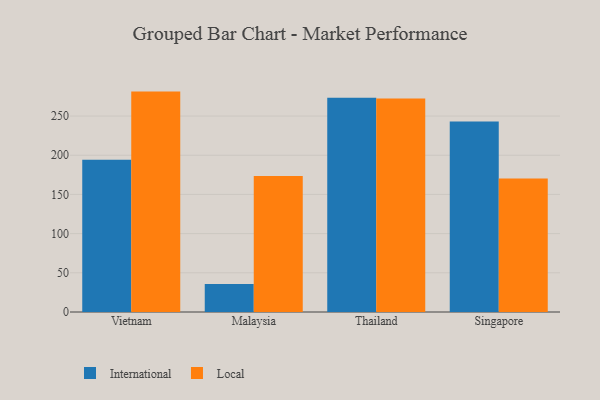
{"axis": {"x": "Country", "y": "Page Views"}, "legend": ["International", "Local"], "data": [{"x": "Vietnam", "y": 194.3, "type": "International"}, {"x": "Vietnam", "y": 281.2, "type": "Local"}, {"x": "Malaysia", "y": 35.8, "type": "International"}, {"x": "Malaysia", "y": 173.6, "type": "Local"}, {"x": "Thailand", "y": 273.4, "type": "International"}, {"x": "Thailand", "y": 272.3, "type": "Local"}, {"x": "Singapore", "y": 243.0, "type": "International"}, {"x": "Singapore", "y": 170.3, "type": "Local"}]}